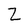
Character: Z